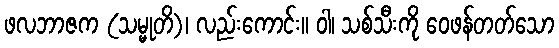
ဖလဘာဇက (သမ္မုတိ)၊ လည်းကောင်း။ ဝါ၊ သစ်သီးကို ဝေဖန်တတ်သော